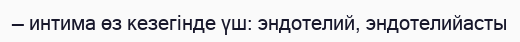
— интима өз кезегінде үш: эндотелий, эндотелийасты